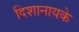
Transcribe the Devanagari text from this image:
दिशानायके